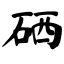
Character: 硒